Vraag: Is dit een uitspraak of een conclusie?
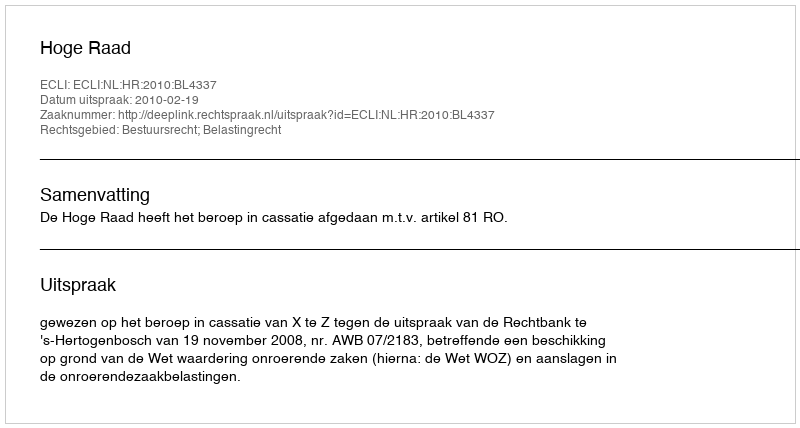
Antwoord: Uitspraak